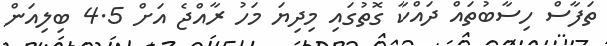
ތަފާސް ހިސާބުތައް ދައްކާ ގޮތުގައި މިދިޔަ މަހު ރާއްޖެ އަށް 4.5 ބިލިއަން